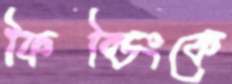
ফিল্ডিংকে